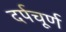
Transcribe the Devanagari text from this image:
दर्पचूर्ण